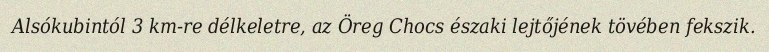
Alsókubintól 3 km-re délkeletre, az Öreg Chocs északi lejtőjének tövében fekszik.